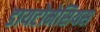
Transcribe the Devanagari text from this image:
डायटोमेसियस